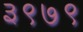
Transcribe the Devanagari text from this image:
३९७९